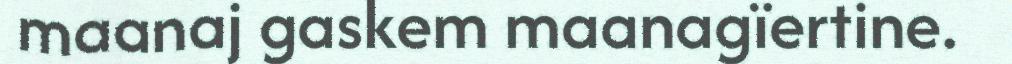
maanaj gaskem maanagïertine.